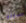
جينج